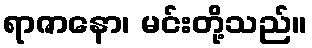
ရာဇာနော၊ မင်းတို့သည်။